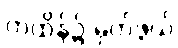
ကထိန်၌ မှတ်ဖွယ်